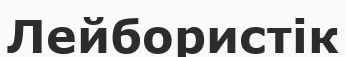
Лейбористік